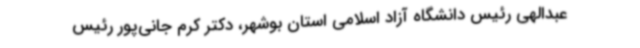
عبدالهی رئیس دانشگاه آزاد اسلامی استان بوشهر، دکتر کرم جانی‌پور رئیس